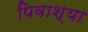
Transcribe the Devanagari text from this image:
पिवाश्या